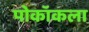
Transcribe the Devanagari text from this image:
पोकॉकला